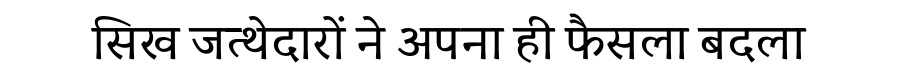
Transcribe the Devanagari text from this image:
सिख जत्थेदारों ने अपना ही फैसला बदला